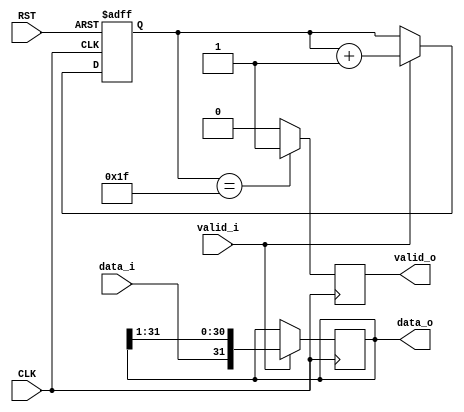

module collect_bpsk
  (
   input             CLK,
   input             RST,

   input             valid_i,
   input             data_i,

   output reg        valid_o,
   output reg [31:0] data_o
   );

   localparam counter_top = 5'd31;
   reg [4:0]          counter;
   
   always @(posedge CLK) begin
       if (valid_i)
         data_o <= {data_i, data_o[31:1]};
   end

   always @(posedge CLK or negedge RST)
     if (!RST) begin
        counter <= 5'd0;
     end else begin
         if (valid_i)
           counter <= counter + 5'd1;
     end

   always @(posedge CLK) begin
       if (counter == counter_top)
         valid_o <= 1'b1;
       else
         valid_o <= 1'b0;
   end

endmodule